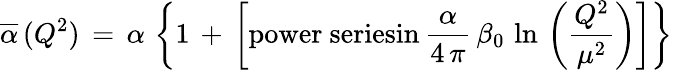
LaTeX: \overline{{{\alpha}}}\, (Q^{2})\, =\, \alpha\, \left\{ 1\, +\, \left[\mathrm{power~seriesin}\, \frac{\alpha}{4\, \pi}\, \beta_{0}\, \ln\, \left(\frac{Q^{2}}{\mu^{2}}\right)\right]\right\}